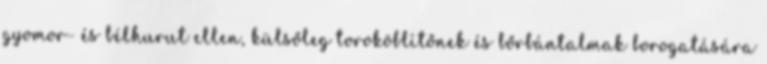
gyomor- és bélhurut ellen, külsőleg toroköblítőnek és bőrbántalmak borogatására